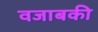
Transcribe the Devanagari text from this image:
वजाबकी